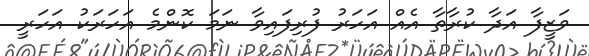
ވަޒީފާ އަދާ ކުރާތާ އެއް އަހަރު ފުރިފައިވާ ނަމަ ކޮންމެ އަހަރަކު އަހަރީ